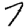
Digit: 7